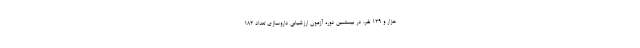
هزار و ۱۲۹ نفر، در بیستمین دوره آزمون ارزشیابی داروسازی تعداد ۱۸۲